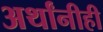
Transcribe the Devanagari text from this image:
अर्थांनीही